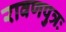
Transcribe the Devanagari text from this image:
रावणपुत्रः